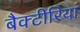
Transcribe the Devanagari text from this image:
बैक्टीरियां